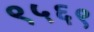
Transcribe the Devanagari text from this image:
९५६९